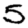
Digit: 5